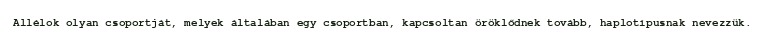
Allélok olyan csoportját, melyek általában egy csoportban, kapcsoltan öröklődnek tovább, haplotípusnak nevezzük.